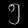
Digit: ၅